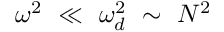
\omega ^ { 2 } ~ \ll ~ \omega _ { d } ^ { 2 } ~ \sim ~ N ^ { 2 }